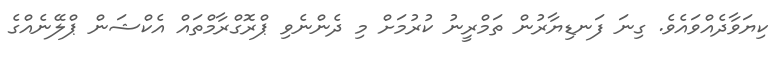
ކިޔަވާދެއްވައެވެ. ގިނަ ފަނޑިޔާރުން ތަމްރީނު ކުރުމަށް މި ދެންނެވި ޕްރޮގްރާމްތައް އެކްޝަން ޕްލޭނެއްގެ